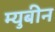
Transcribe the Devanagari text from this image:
म्युबीन